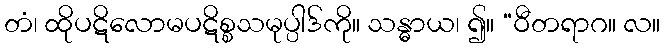
တံ၊ ထိုပဋိလောမပဋိစ္စသမုပ္ပါဒ်ကို။ သန္ဓာယ၊ ၍။ “ဝီတရာဂ။ လ။